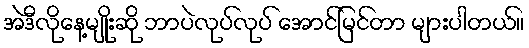
အဲဒီလိုနေ့မျိုးဆို ဘာပဲလုပ်လုပ် အောင်မြင်တာ များပါတယ်။